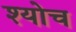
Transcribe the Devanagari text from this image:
श्योच